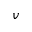
v